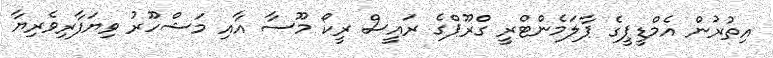
އިތުރުން އެމްޑީޕީގެ ޕާލަމެންޓްރީ ގްރޫޕްގެ ރައީސް ރީކޯ މޫސާ އާއި މަޝްހޫރު ވިޔަފާރިވެރިޔާ